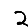
Digit: 2